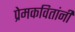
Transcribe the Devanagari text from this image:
प्रेमकवितांनी